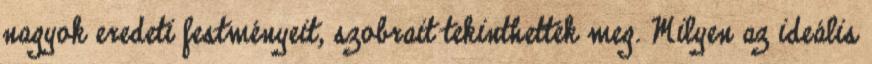
nagyok eredeti festményeit, szobrait tekinthették meg. Milyen az ideális